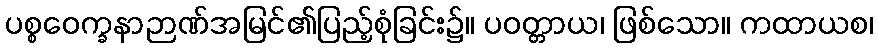
ပစ္စဝေက္ခနာဉာဏ်အမြင်၏ပြည့်စုံခြင်း၌။ ပဝတ္တာယ၊ ဖြစ်သော။ ကထာယစ၊